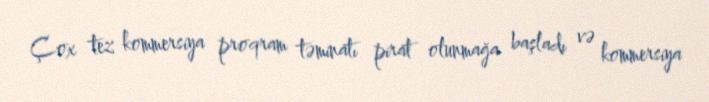
Çox tez kommersiya proqram təminatı pirat olunmağa başladı və kommersiya